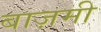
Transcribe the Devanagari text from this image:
बाज़मी